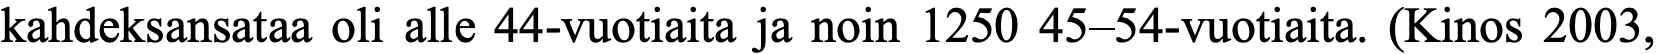
kahdeksansataa oli alle 44-vuotiaita ja noin 1250 45–54-vuotiaita. (Kinos 2003,